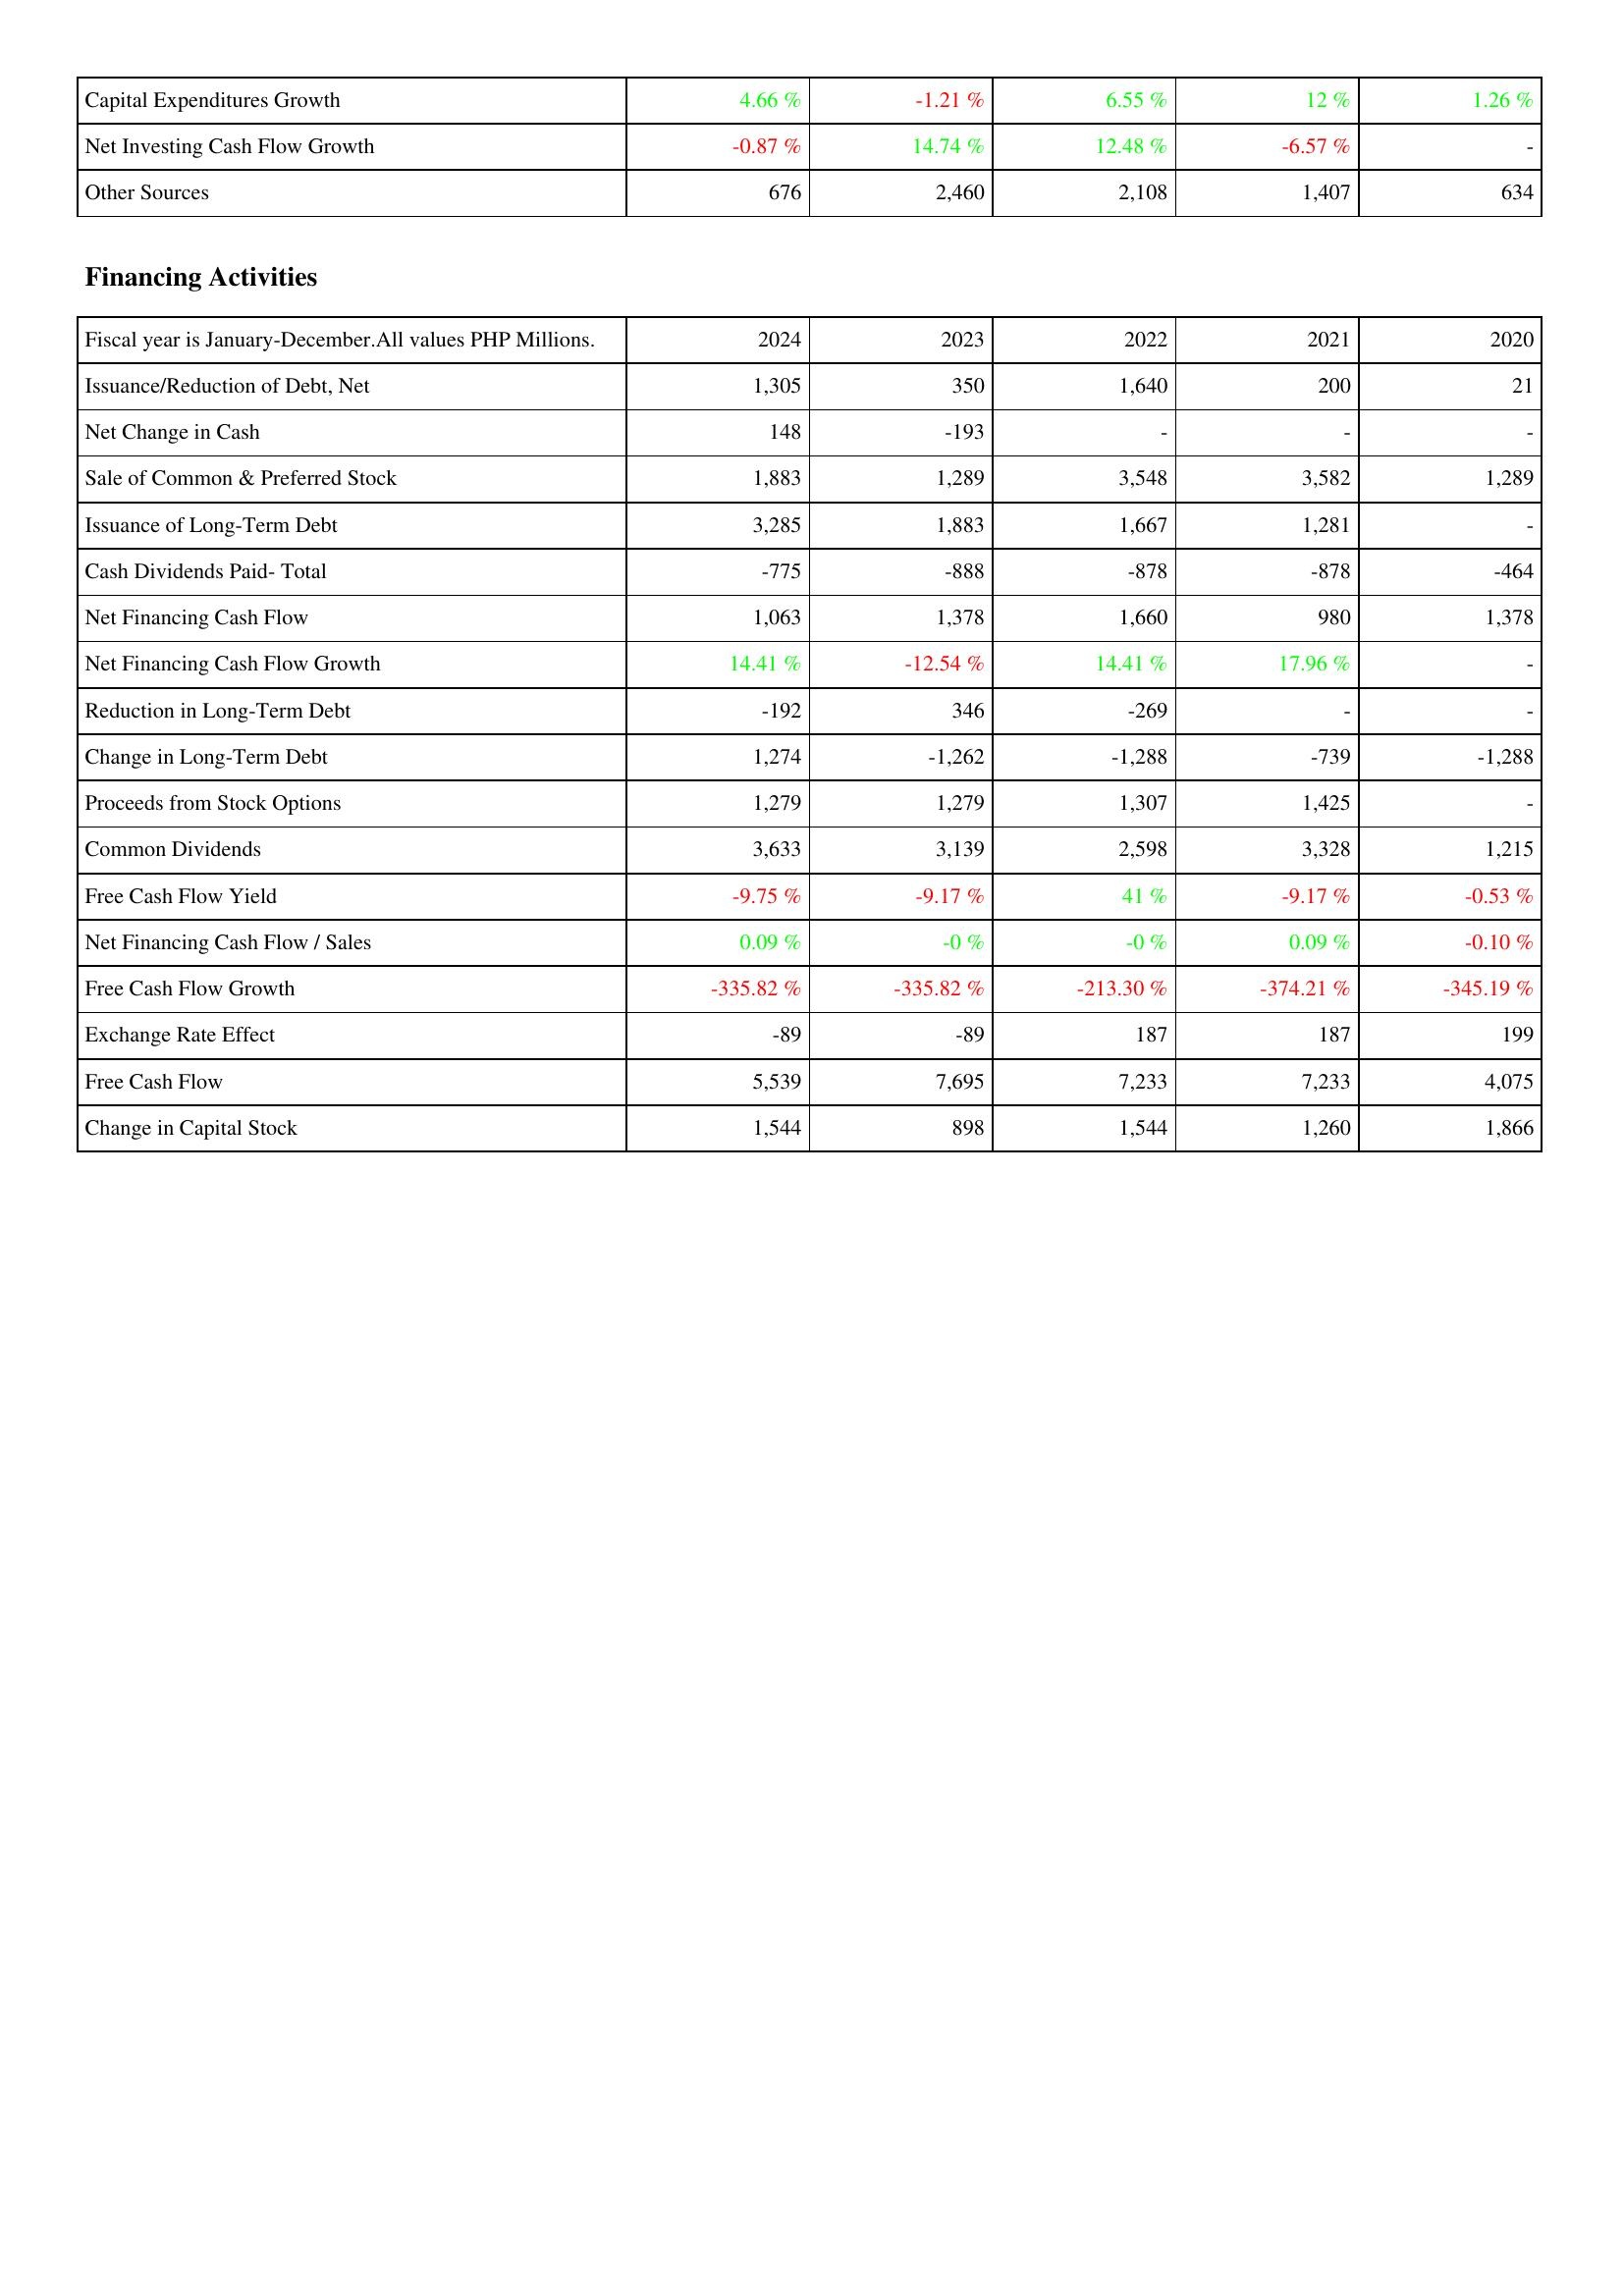
2024: Investing Activities: Capital Expenditures Growth: 4.66 %
Net Investing Cash Flow Growth: -0.87 %
Other Sources: 676
Financing Activities: Issuance/Reduction of Debt, Net: 1,305
Net Change in Cash: 148
Sale of Common & Preferred Stock: 1,883
Issuance of Long-Term Debt: 3,285
Cash Dividends Paid- Total: -775
Net Financing Cash Flow: 1,063
Net Financing Cash Flow Growth: 14.41 %
Reduction in Long-Term Debt: -192
Change in Long-Term Debt: 1,274
Proceeds from Stock Options: 1,279
Common Dividends: 3,633
Free Cash Flow Yield: -9.75 %
Net Financing Cash Flow / Sales: 0.09 %
Free Cash Flow Growth: -335.82 %
Exchange Rate Effect: -89
Free Cash Flow: 5,539
Change in Capital Stock: 1,544
2023: Investing Activities: Capital Expenditures Growth: -1.21 %
Net Investing Cash Flow Growth: 14.74 %
Other Sources: 2,460
Financing Activities: Issuance/Reduction of Debt, Net: 350
Net Change in Cash: -193
Sale of Common & Preferred Stock: 1,289
Issuance of Long-Term Debt: 1,883
Cash Dividends Paid- Total: -888
Net Financing Cash Flow: 1,378
Net Financing Cash Flow Growth: -12.54 %
Reduction in Long-Term Debt: 346
Change in Long-Term Debt: -1,262
Proceeds from Stock Options: 1,279
Common Dividends: 3,139
Free Cash Flow Yield: -9.17 %
Net Financing Cash Flow / Sales: -0 %
Free Cash Flow Growth: -335.82 %
Exchange Rate Effect: -89
Free Cash Flow: 7,695
Change in Capital Stock: 898
2022: Investing Activities: Capital Expenditures Growth: 6.55 %
Net Investing Cash Flow Growth: 12.48 %
Other Sources: 2,108
Financing Activities: Issuance/Reduction of Debt, Net: 1,640
Net Change in Cash: -
Sale of Common & Preferred Stock: 3,548
Issuance of Long-Term Debt: 1,667
Cash Dividends Paid- Total: -878
Net Financing Cash Flow: 1,660
Net Financing Cash Flow Growth: 14.41 %
Reduction in Long-Term Debt: -269
Change in Long-Term Debt: -1,288
Proceeds from Stock Options: 1,307
Common Dividends: 2,598
Free Cash Flow Yield: 41 %
Net Financing Cash Flow / Sales: -0 %
Free Cash Flow Growth: -213.30 %
Exchange Rate Effect: 187
Free Cash Flow: 7,233
Change in Capital Stock: 1,544
2021: Investing Activities: Capital Expenditures Growth: 12 %
Net Investing Cash Flow Growth: -6.57 %
Other Sources: 1,407
Financing Activities: Issuance/Reduction of Debt, Net: 200
Net Change in Cash: -
Sale of Common & Preferred Stock: 3,582
Issuance of Long-Term Debt: 1,281
Cash Dividends Paid- Total: -878
Net Financing Cash Flow: 980
Net Financing Cash Flow Growth: 17.96 %
Reduction in Long-Term Debt: -
Change in Long-Term Debt: -739
Proceeds from Stock Options: 1,425
Common Dividends: 3,328
Free Cash Flow Yield: -9.17 %
Net Financing Cash Flow / Sales: 0.09 %
Free Cash Flow Growth: -374.21 %
Exchange Rate Effect: 187
Free Cash Flow: 7,233
Change in Capital Stock: 1,260
2020: Investing Activities: Capital Expenditures Growth: 1.26 %
Net Investing Cash Flow Growth: -
Other Sources: 634
Financing Activities: Issuance/Reduction of Debt, Net: 21
Net Change in Cash: -
Sale of Common & Preferred Stock: 1,289
Issuance of Long-Term Debt: -
Cash Dividends Paid- Total: -464
Net Financing Cash Flow: 1,378
Net Financing Cash Flow Growth: -
Reduction in Long-Term Debt: -
Change in Long-Term Debt: -1,288
Proceeds from Stock Options: -
Common Dividends: 1,215
Free Cash Flow Yield: -0.53 %
Net Financing Cash Flow / Sales: -0.10 %
Free Cash Flow Growth: -345.19 %
Exchange Rate Effect: 199
Free Cash Flow: 4,075
Change in Capital Stock: 1,866